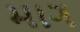
માગ